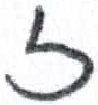
אות: ז